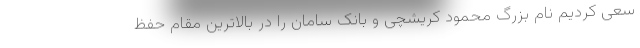
سعی کردیم نام بزرگ محمود کریشچی و بانک سامان را در بالاترین مقام حفظ